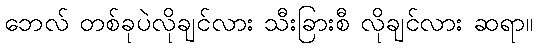
ဘေလ် တစ်ခုပဲလိုချင်လား သီးခြားစီ လိုချင်လား ဆရာ။